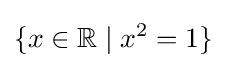
\{x\in \mathbb {R} \mid x^{2}=1\}